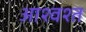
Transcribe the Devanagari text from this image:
आश्वश्त